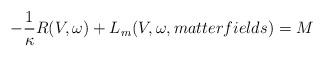
LaTeX: \begin{align*}-\frac{1}{\kappa}R(V,\omega ) + L_{m}(V,\omega, matter fields) = M \end{align*}